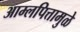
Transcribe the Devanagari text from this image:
आम्लपित्तामुळे